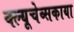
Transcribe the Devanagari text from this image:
क्ल्यूचेव्सकाया